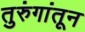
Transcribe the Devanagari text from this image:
तुरुंगांतून